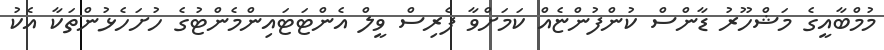
މުމްބާއީގެ މަޝްހޫރު ޑާންސް ކުންފުންޏެއް ކަމަށްވާ ފެރިސް ވީލް އެންޓަޓައިންމެންޓުގެ ހުށަހެޅުންތަކާ އެކު